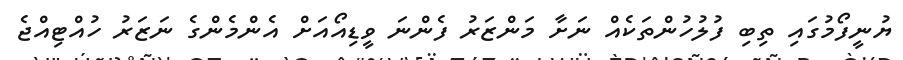
ޔުނީފޯމުގައި ތިބި ފުލުހުންތަކެއް ނަށާ މަންޒަރު ފެންނަ ވީޑިއޯއަށް އެންމެންގެ ނަޒަރު ހުއްޓިއްޖެ